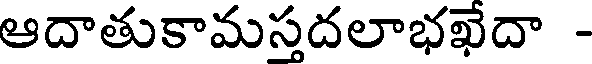
ఆదాతుకామస్తదలాభఖేదా -